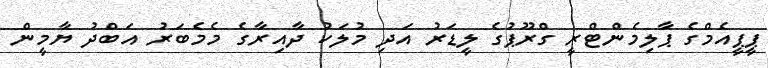
ޕީޕީއެމްގެ ޕާލިމެންޓްރީ ގްރޫޕުގެ ލީޑަރު އަދި މުލަކު ދާއިރާގެ މެމެބަރު އަބްދު ޔާމީން